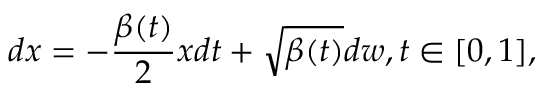
d \boldsymbol { x } = - \frac { \beta ( t ) } { 2 } \boldsymbol { x } d t + \sqrt { \beta ( t ) } d \boldsymbol { w } , t \in [ 0 , 1 ] ,